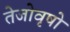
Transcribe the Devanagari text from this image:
तेजोवृषो